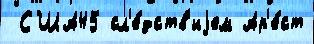
 США45 сл'е́дств'иjем Ар'е́ст